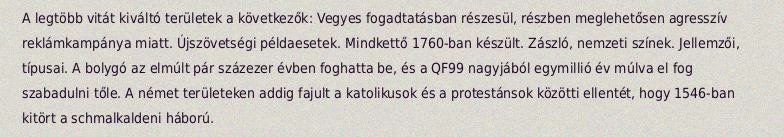
A legtöbb vitát kiváltó területek a következők: Vegyes fogadtatásban részesül, részben meglehetősen agresszív reklámkampánya miatt. Újszövetségi példaesetek. Mindkettő 1760-ban készült. Zászló, nemzeti színek. Jellemzői, típusai. A bolygó az elmúlt pár százezer évben foghatta be, és a QF99 nagyjából egymillió év múlva el fog szabadulni tőle. A német területeken addig fajult a katolikusok és a protestánsok közötti ellentét, hogy 1546-ban kitört a schmalkaldeni háború.